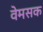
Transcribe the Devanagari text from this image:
वेमसक